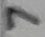
Text: 7